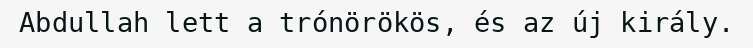
Abdullah lett a trónörökös, és az új király.